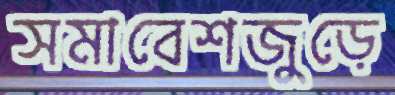
সমাবেশজুড়ে